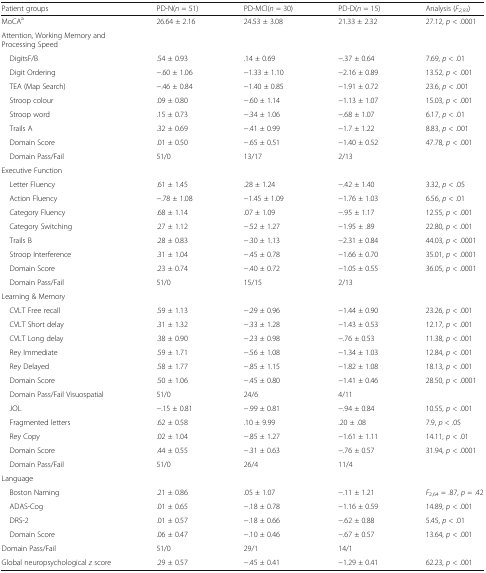
<table><thead><tr><td><b>Patient groups</b></td><td><b>PD-N(<i>n</i> = 51)</b></td><td><b>PD-MCI(<i>n</i> = 30)</b></td><td><b>PD-D(<i>n</i> = 15)</b></td><td><b>Analysis (<i>F</i><sub><i>2,93</i></sub>)</b></td></tr></thead><tbody><tr><td>MoCA<sup>a</sup></td><td>26.64 ± 2.16</td><td>24.53 ± 3.08</td><td>21.33 ± 2.32</td><td>27.12, <i>p</i> &lt; .0001</td></tr><tr><td colspan="5">Attention, Working Memory and Processing Speed</td></tr><tr><td> DigitsF/B</td><td>.54 ± 0.93</td><td>.14 ± 0.69</td><td>−.37 ± 0.64</td><td>7.69, <i>p</i> &lt; .01</td></tr><tr><td> Digit Ordering</td><td>−.60 ± 1.06</td><td>−1.33 ± 1.10</td><td>−2.16 ± 0.89</td><td>13.52, <i>p</i> &lt; .001</td></tr><tr><td> TEA (Map Search)</td><td>−.46 ± 0.84</td><td>−1.40 ± 0.85</td><td>−1.91 ± 0.72</td><td>23.6, <i>p</i> &lt; .001</td></tr><tr><td> Stroop colour</td><td>.09 ± 0.80</td><td>−.60 ± 1.14</td><td>−1.13 ± 1.07</td><td>15.03, <i>p</i> &lt; .001</td></tr><tr><td> Stroop word</td><td>.15 ± 0.73</td><td>−.34 ± 1.06</td><td>−.68 ± 1.07</td><td>6.17, <i>p</i> &lt; .01</td></tr><tr><td> Trails A</td><td>.32 ± 0.69</td><td>−.41 ± 0.99</td><td>−1.7 ± 1.22</td><td>8.83, <i>p</i> &lt; .001</td></tr><tr><td> Domain Score</td><td>.01 ± 0.50</td><td>−.65 ± 0.51</td><td>−1.40 ± 0.52</td><td>47.78, <i>p</i> &lt; .001</td></tr><tr><td> Domain Pass/Fail</td><td>51/0</td><td>13/17</td><td>2/13</td><td></td></tr><tr><td colspan="5">Executive Function</td></tr><tr><td> Letter Fluency</td><td>.61 ± 1.45</td><td>.28 ± 1.24</td><td>−.42 ± 1.40</td><td>3.32, <i>p</i> &lt; .05</td></tr><tr><td> Action Fluency</td><td>−.78 ± 1.08</td><td>−1.45 ± 1.09</td><td>−1.76 ± 1.03</td><td>6.56, <i>p</i> &lt; .01</td></tr><tr><td> Category Fluency</td><td>.68 ± 1.14</td><td>.07 ± 1.09</td><td>−.95 ± 1.17</td><td>12.55, <i>p</i> &lt; .001</td></tr><tr><td> Category Switching</td><td>.27 ± 1.12</td><td>−.52 ± 1.27</td><td>−1.95 ± .89</td><td>22.80, <i>p</i> &lt; .001</td></tr><tr><td> Trails B</td><td>.28 ± 0.83</td><td>−.30 ± 1.13</td><td>−2.31 ± 0.84</td><td>44.03, <i>p</i> &lt; .0001</td></tr><tr><td> Stroop Interference</td><td>.31 ± 1.04</td><td>−.45 ± 0.78</td><td>−1.66 ± 0.70</td><td>35.01, <i>p</i> &lt; .0001</td></tr><tr><td> Domain Score</td><td>.23 ± 0.74</td><td>−.40 ± 0.72</td><td>−1.05 ± 0.55</td><td>36.05, <i>p</i> &lt; .0001</td></tr><tr><td> Domain Pass/Fail</td><td>51/0</td><td>15/15</td><td>2/13</td><td></td></tr><tr><td colspan="5">Learning &amp; Memory</td></tr><tr><td> CVLT Free recall</td><td>.59 ± 1.13</td><td>−.29 ± 0.96</td><td>−1.44 ± 0.90</td><td>23.26, <i>p</i> &lt; .001</td></tr><tr><td> CVLT Short delay</td><td>.31 ± 1.32</td><td>−.33 ± 1.28</td><td>−1.43 ± 0.53</td><td>12.17, <i>p</i> &lt; .001</td></tr><tr><td> CVLT Long delay</td><td>.38 ± 0.90</td><td>−.23 ± 0.98</td><td>−.76 ± 0.53</td><td>11.38, <i>p</i> &lt; .001</td></tr><tr><td> Rey Immediate</td><td>.59 ± 1.71</td><td>−.56 ± 1.08</td><td>−1.34 ± 1.03</td><td>12.84, <i>p</i> &lt; .001</td></tr><tr><td> Rey Delayed</td><td>.58 ± 1.77</td><td>−.85 ± 1.15</td><td>−1.82 ± 1.08</td><td>18.13, <i>p</i> &lt; .001</td></tr><tr><td> Domain Score</td><td>.50 ± 1.06</td><td>−.45 ± 0.80</td><td>−1.41 ± 0.46</td><td>28.50, <i>p</i> &lt; .0001</td></tr><tr><td> Domain Pass/Fail Visuospatial</td><td>51/0</td><td>24/6</td><td>4/11</td><td></td></tr><tr><td> JOL</td><td>−.15 ± 0.81</td><td>−.99 ± 0.81</td><td>−.94 ± 0.84</td><td>10.55, <i>p</i> &lt; .001</td></tr><tr><td> Fragmented letters</td><td>.62 ± 0.58</td><td>.10 ± 9.99</td><td>.20 ± .08</td><td>7.9, <i>p</i> &lt; .05</td></tr><tr><td> Rey Copy</td><td>.02 ± 1.04</td><td>−.85 ± 1.27</td><td>−1.61 ± 1.11</td><td>14.11, <i>p</i> &lt; .01</td></tr><tr><td> Domain Score</td><td>.44 ± 0.55</td><td>−.31 ± 0.63</td><td>−.76 ± 0.57</td><td>31.94, <i>p</i> &lt; .0001</td></tr><tr><td> Domain Pass/Fail</td><td>51/0</td><td>26/4</td><td>11/4</td><td></td></tr><tr><td colspan="5">Language</td></tr><tr><td> Boston Naming</td><td>.21 ± 0.86</td><td>.05 ± 1.07</td><td>−.11 ± 1.21</td><td><i>F</i><sub>2,64</sub> = .87, <i>p</i> = .42</td></tr><tr><td> ADAS-Cog</td><td>.01 ± 0.65</td><td>−.18 ± 0.78</td><td>−1.16 ± 0.59</td><td>14.89, <i>p</i> &lt; .001</td></tr><tr><td> DRS-2</td><td>.01 ± 0.57</td><td>−.18 ± 0.66</td><td>−.62 ± 0.88</td><td>5.45, <i>p</i> &lt; .01</td></tr><tr><td> Domain Score</td><td>.06 ± 0.47</td><td>−.10 ± 0.46</td><td>−.67 ± 0.57</td><td>13.64, <i>p</i> &lt; .001</td></tr><tr><td>Domain Pass/Fail</td><td>51/0</td><td>29/1</td><td>14/1</td><td></td></tr><tr><td>Global neuropsychological <i>z</i> score</td><td>.29 ± 0.57</td><td>−.45 ± 0.41</td><td>−1.29 ± 0.41</td><td>62.23, <i>p</i> &lt; .001</td></tr></tbody></table>